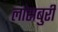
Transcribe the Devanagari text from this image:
लांसबुरी